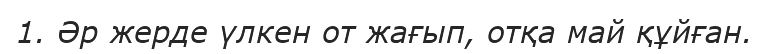
1. Әр жерде үлкен от жағып, отқа май құйған.